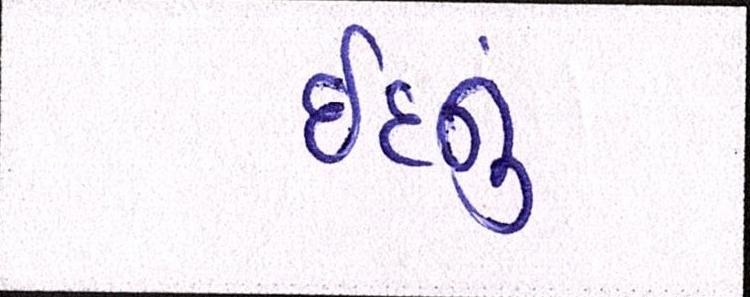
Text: ઇદનું